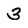
Character: 3